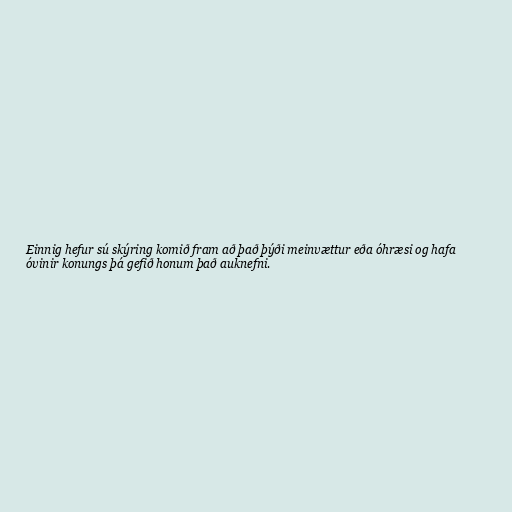
Einnig hefur sú skýring komið fram að það þýði meinvættur eða óhræsi og hafa
óvinir konungs þá gefið honum það auknefni.